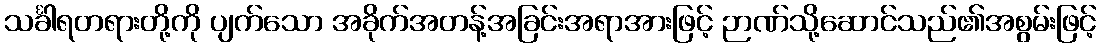
သင်္ခါရတရားတို့ကို ပျက်သော အခိုက်အတန့်အခြင်းအရာအားဖြင့် ဉာဏ်သို့ဆောင်သည်၏အစွမ်းဖြင့်